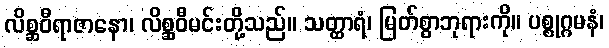
လိစ္ဆဝီရာဇာနော၊ လိစ္ဆဝီမင်းတို့သည်။ သတ္ထာရံ၊ မြတ်စွာဘုရားကို။ ပစ္စုဂ္ဂမနံ၊